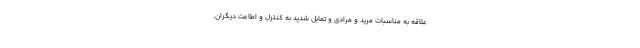
علاقه به مناسبات مرید و مرادی و تمایل شدید به کنترل و اطاعت دیگران.